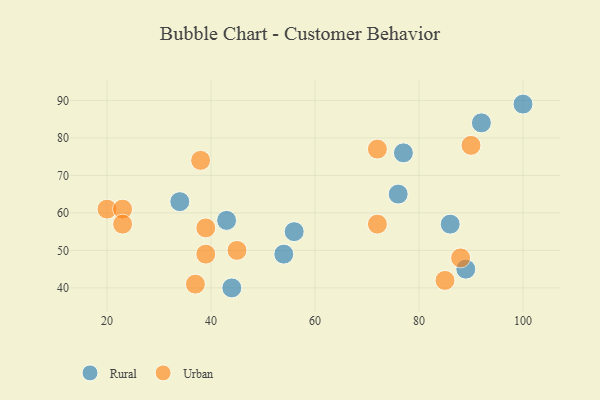
{"axis": {"x": "GDP", "y": "Life Expectancy"}, "legend": ["Rural", "Urban"], "data": [{"x": "77", "y": 76, "type": "Rural"}, {"x": "100", "y": 89, "type": "Rural"}, {"x": "56", "y": 55, "type": "Rural"}, {"x": "89", "y": 45, "type": "Rural"}, {"x": "86", "y": 57, "type": "Rural"}, {"x": "43", "y": 58, "type": "Rural"}, {"x": "34", "y": 63, "type": "Rural"}, {"x": "44", "y": 40, "type": "Rural"}, {"x": "92", "y": 84, "type": "Rural"}, {"x": "54", "y": 49, "type": "Rural"}, {"x": "76", "y": 65, "type": "Rural"}, {"x": "20", "y": 61, "type": "Urban"}, {"x": "39", "y": 49, "type": "Urban"}, {"x": "23", "y": 61, "type": "Urban"}, {"x": "23", "y": 57, "type": "Urban"}, {"x": "90", "y": 78, "type": "Urban"}, {"x": "39", "y": 56, "type": "Urban"}, {"x": "72", "y": 57, "type": "Urban"}, {"x": "72", "y": 77, "type": "Urban"}, {"x": "38", "y": 74, "type": "Urban"}, {"x": "37", "y": 41, "type": "Urban"}, {"x": "85", "y": 42, "type": "Urban"}, {"x": "88", "y": 48, "type": "Urban"}, {"x": "45", "y": 50, "type": "Urban"}]}